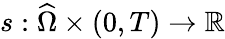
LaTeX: s:{\widehat\Omega}\times(0,T)\to\mathbb R